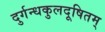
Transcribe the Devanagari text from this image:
दुर्गन्धकुलदूषितम्